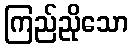
ကြည်ညိုသော